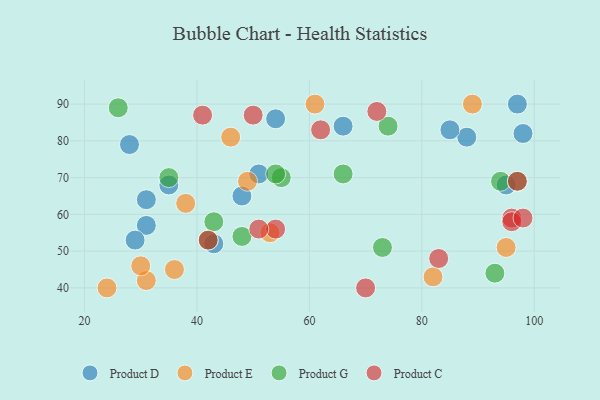
{"axis": {"x": "GDP", "y": "Life Expectancy"}, "legend": ["Product C", "Product D", "Product E", "Product G"], "data": [{"x": "31", "y": 57, "type": "Product D"}, {"x": "31", "y": 64, "type": "Product D"}, {"x": "35", "y": 68, "type": "Product D"}, {"x": "48", "y": 65, "type": "Product D"}, {"x": "51", "y": 71, "type": "Product D"}, {"x": "66", "y": 84, "type": "Product D"}, {"x": "88", "y": 81, "type": "Product D"}, {"x": "95", "y": 68, "type": "Product D"}, {"x": "85", "y": 83, "type": "Product D"}, {"x": "43", "y": 52, "type": "Product D"}, {"x": "54", "y": 86, "type": "Product D"}, {"x": "98", "y": 82, "type": "Product D"}, {"x": "29", "y": 53, "type": "Product D"}, {"x": "97", "y": 90, "type": "Product D"}, {"x": "28", "y": 79, "type": "Product D"}, {"x": "36", "y": 45, "type": "Product E"}, {"x": "53", "y": 55, "type": "Product E"}, {"x": "95", "y": 51, "type": "Product E"}, {"x": "31", "y": 42, "type": "Product E"}, {"x": "61", "y": 90, "type": "Product E"}, {"x": "46", "y": 81, "type": "Product E"}, {"x": "49", "y": 69, "type": "Product E"}, {"x": "38", "y": 63, "type": "Product E"}, {"x": "30", "y": 46, "type": "Product E"}, {"x": "82", "y": 43, "type": "Product E"}, {"x": "89", "y": 90, "type": "Product E"}, {"x": "24", "y": 40, "type": "Product E"}, {"x": "94", "y": 69, "type": "Product G"}, {"x": "42", "y": 53, "type": "Product G"}, {"x": "35", "y": 70, "type": "Product G"}, {"x": "55", "y": 70, "type": "Product G"}, {"x": "26", "y": 89, "type": "Product G"}, {"x": "74", "y": 84, "type": "Product G"}, {"x": "93", "y": 44, "type": "Product G"}, {"x": "66", "y": 71, "type": "Product G"}, {"x": "43", "y": 58, "type": "Product G"}, {"x": "73", "y": 51, "type": "Product G"}, {"x": "97", "y": 69, "type": "Product G"}, {"x": "54", "y": 71, "type": "Product G"}, {"x": "48", "y": 54, "type": "Product G"}, {"x": "97", "y": 69, "type": "Product C"}, {"x": "72", "y": 88, "type": "Product C"}, {"x": "96", "y": 59, "type": "Product C"}, {"x": "96", "y": 58, "type": "Product C"}, {"x": "41", "y": 87, "type": "Product C"}, {"x": "54", "y": 56, "type": "Product C"}, {"x": "98", "y": 59, "type": "Product C"}, {"x": "83", "y": 48, "type": "Product C"}, {"x": "70", "y": 40, "type": "Product C"}, {"x": "42", "y": 53, "type": "Product C"}, {"x": "51", "y": 56, "type": "Product C"}, {"x": "62", "y": 83, "type": "Product C"}, {"x": "50", "y": 87, "type": "Product C"}]}